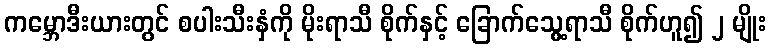
ကမ္ဘောဒီးယားတွင် စပါးသီးနှံကို မိုးရာသီ စိုက်နှင့် ခြောက်သွေ့ရာသီ စိုက်ဟူ၍ ၂ မျိုး